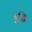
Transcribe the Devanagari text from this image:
बुद्धि